Bréfritari: Sigríður Pálsdóttir
Viðtakandi: Páll Pálsson
Dagsetning: A-18xx-08-10
Skrifað á: Hraungerði  Árn.
Páll var bróðir Sigríðar

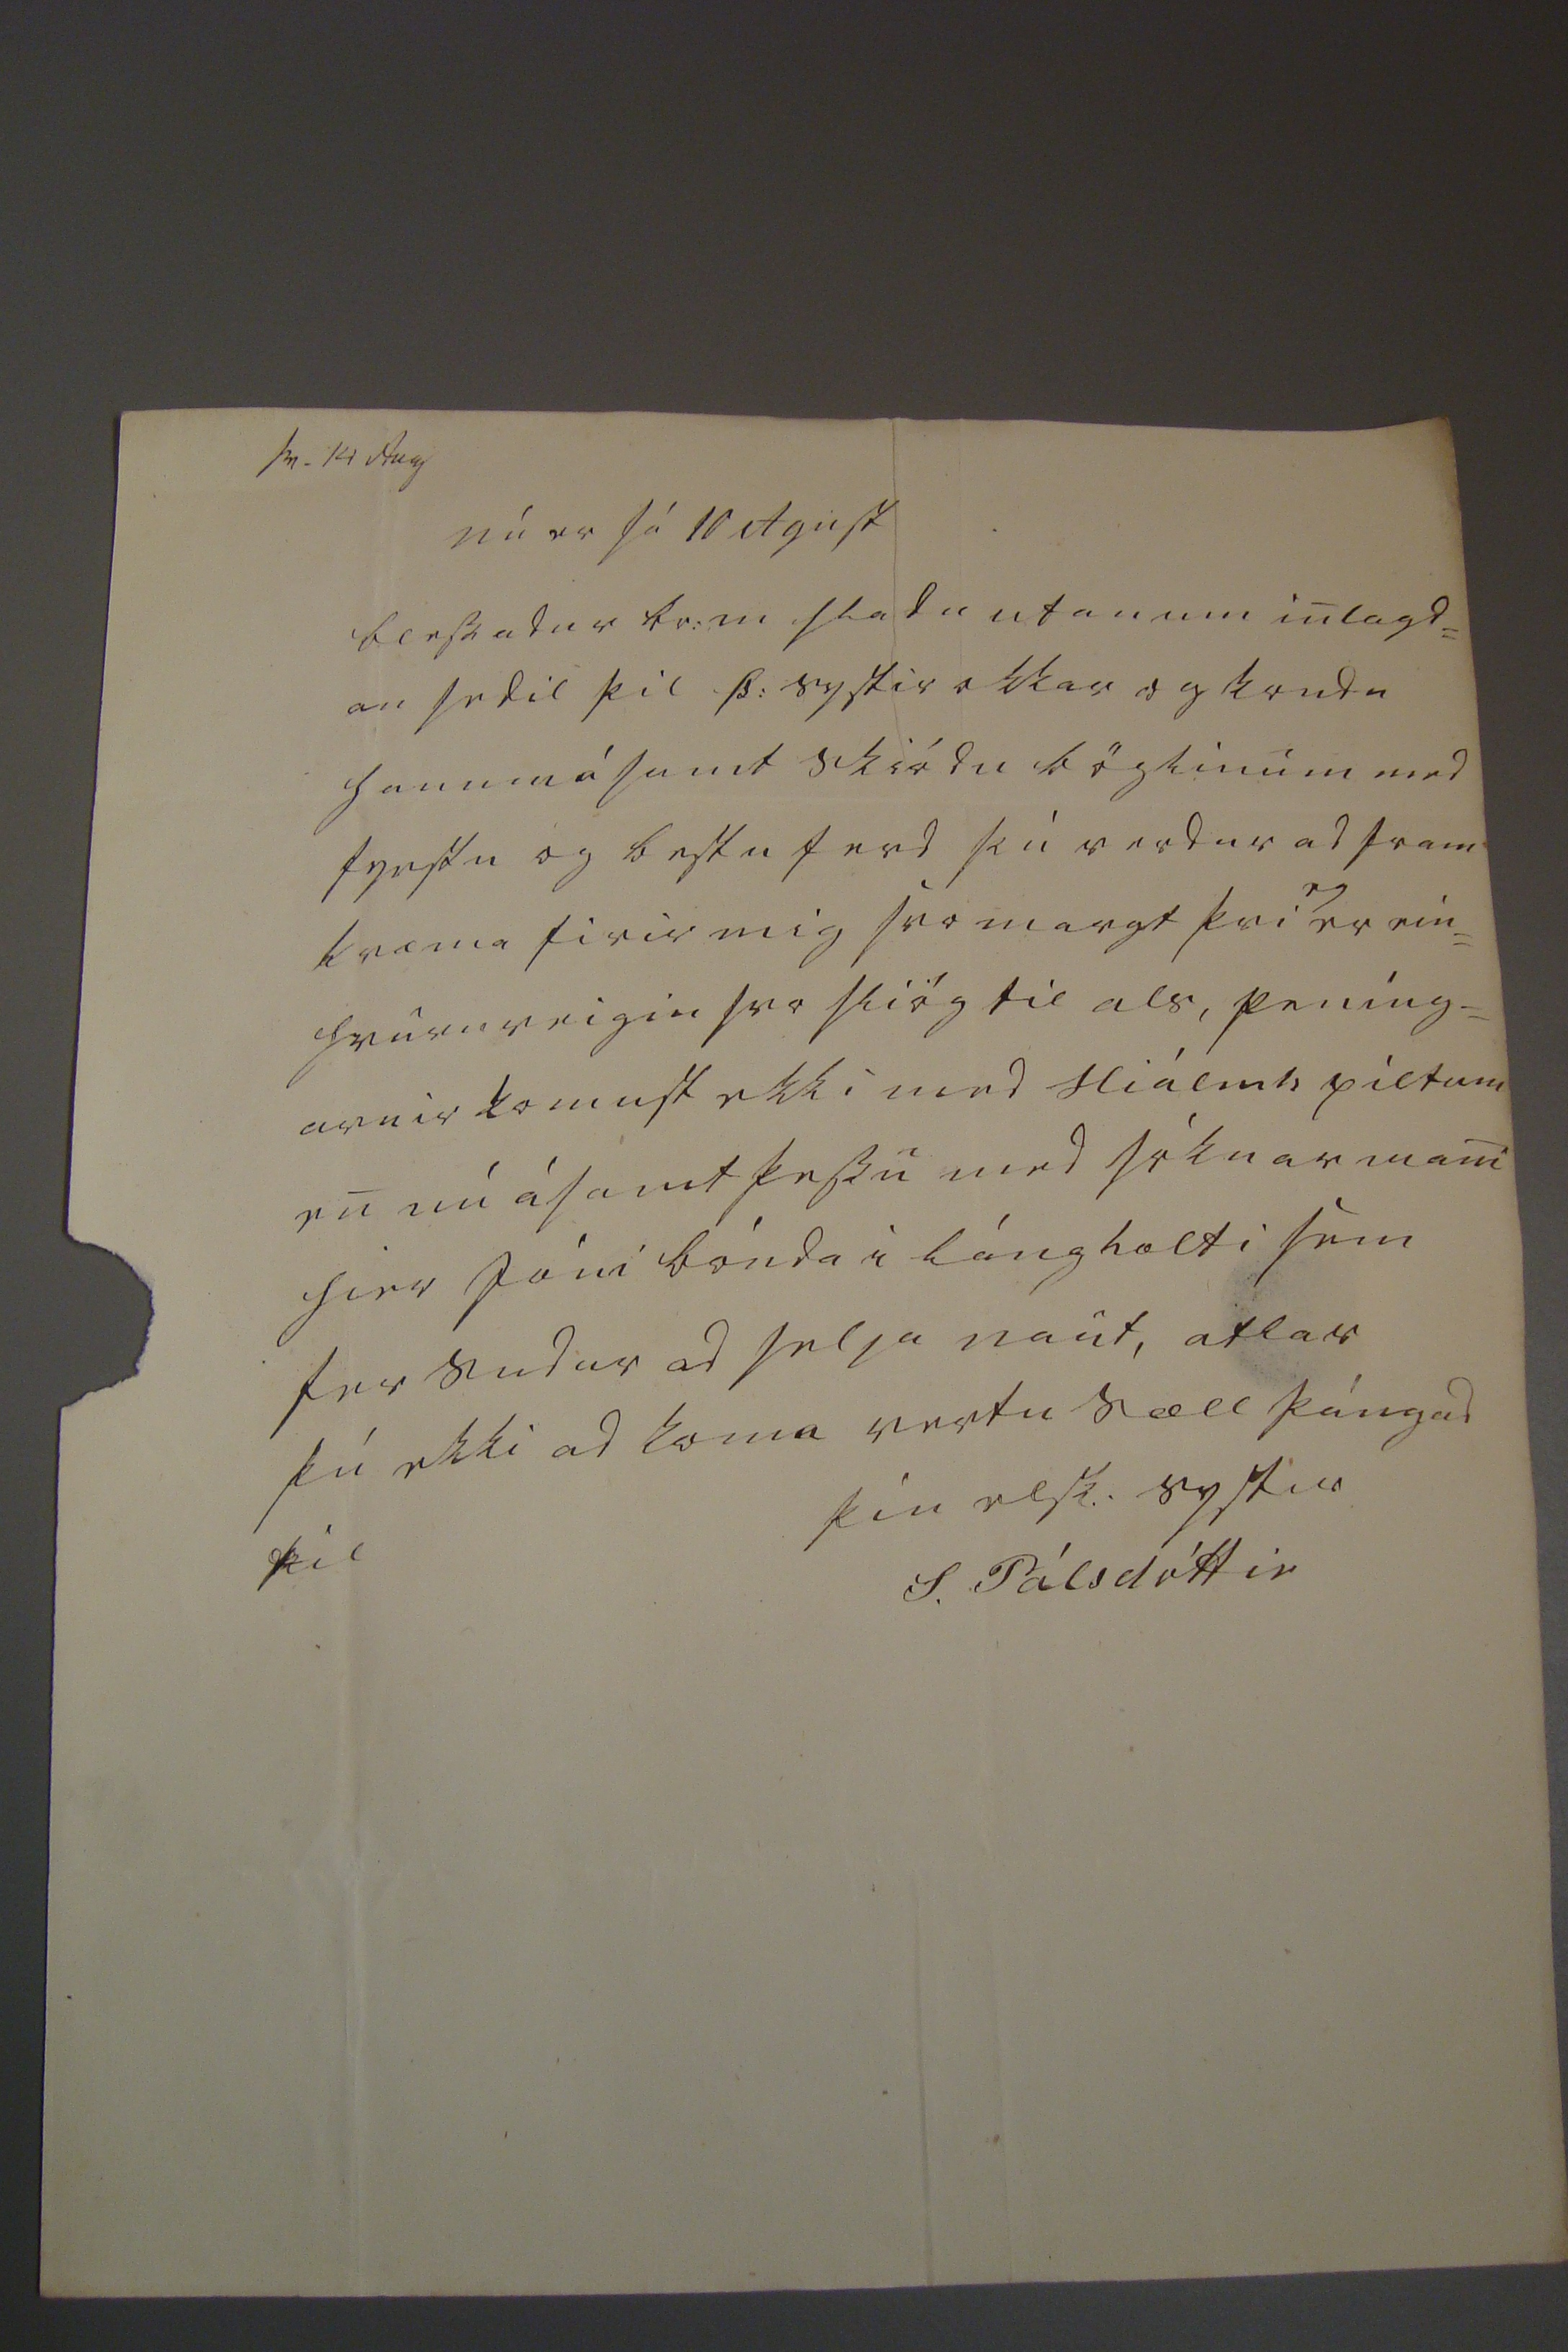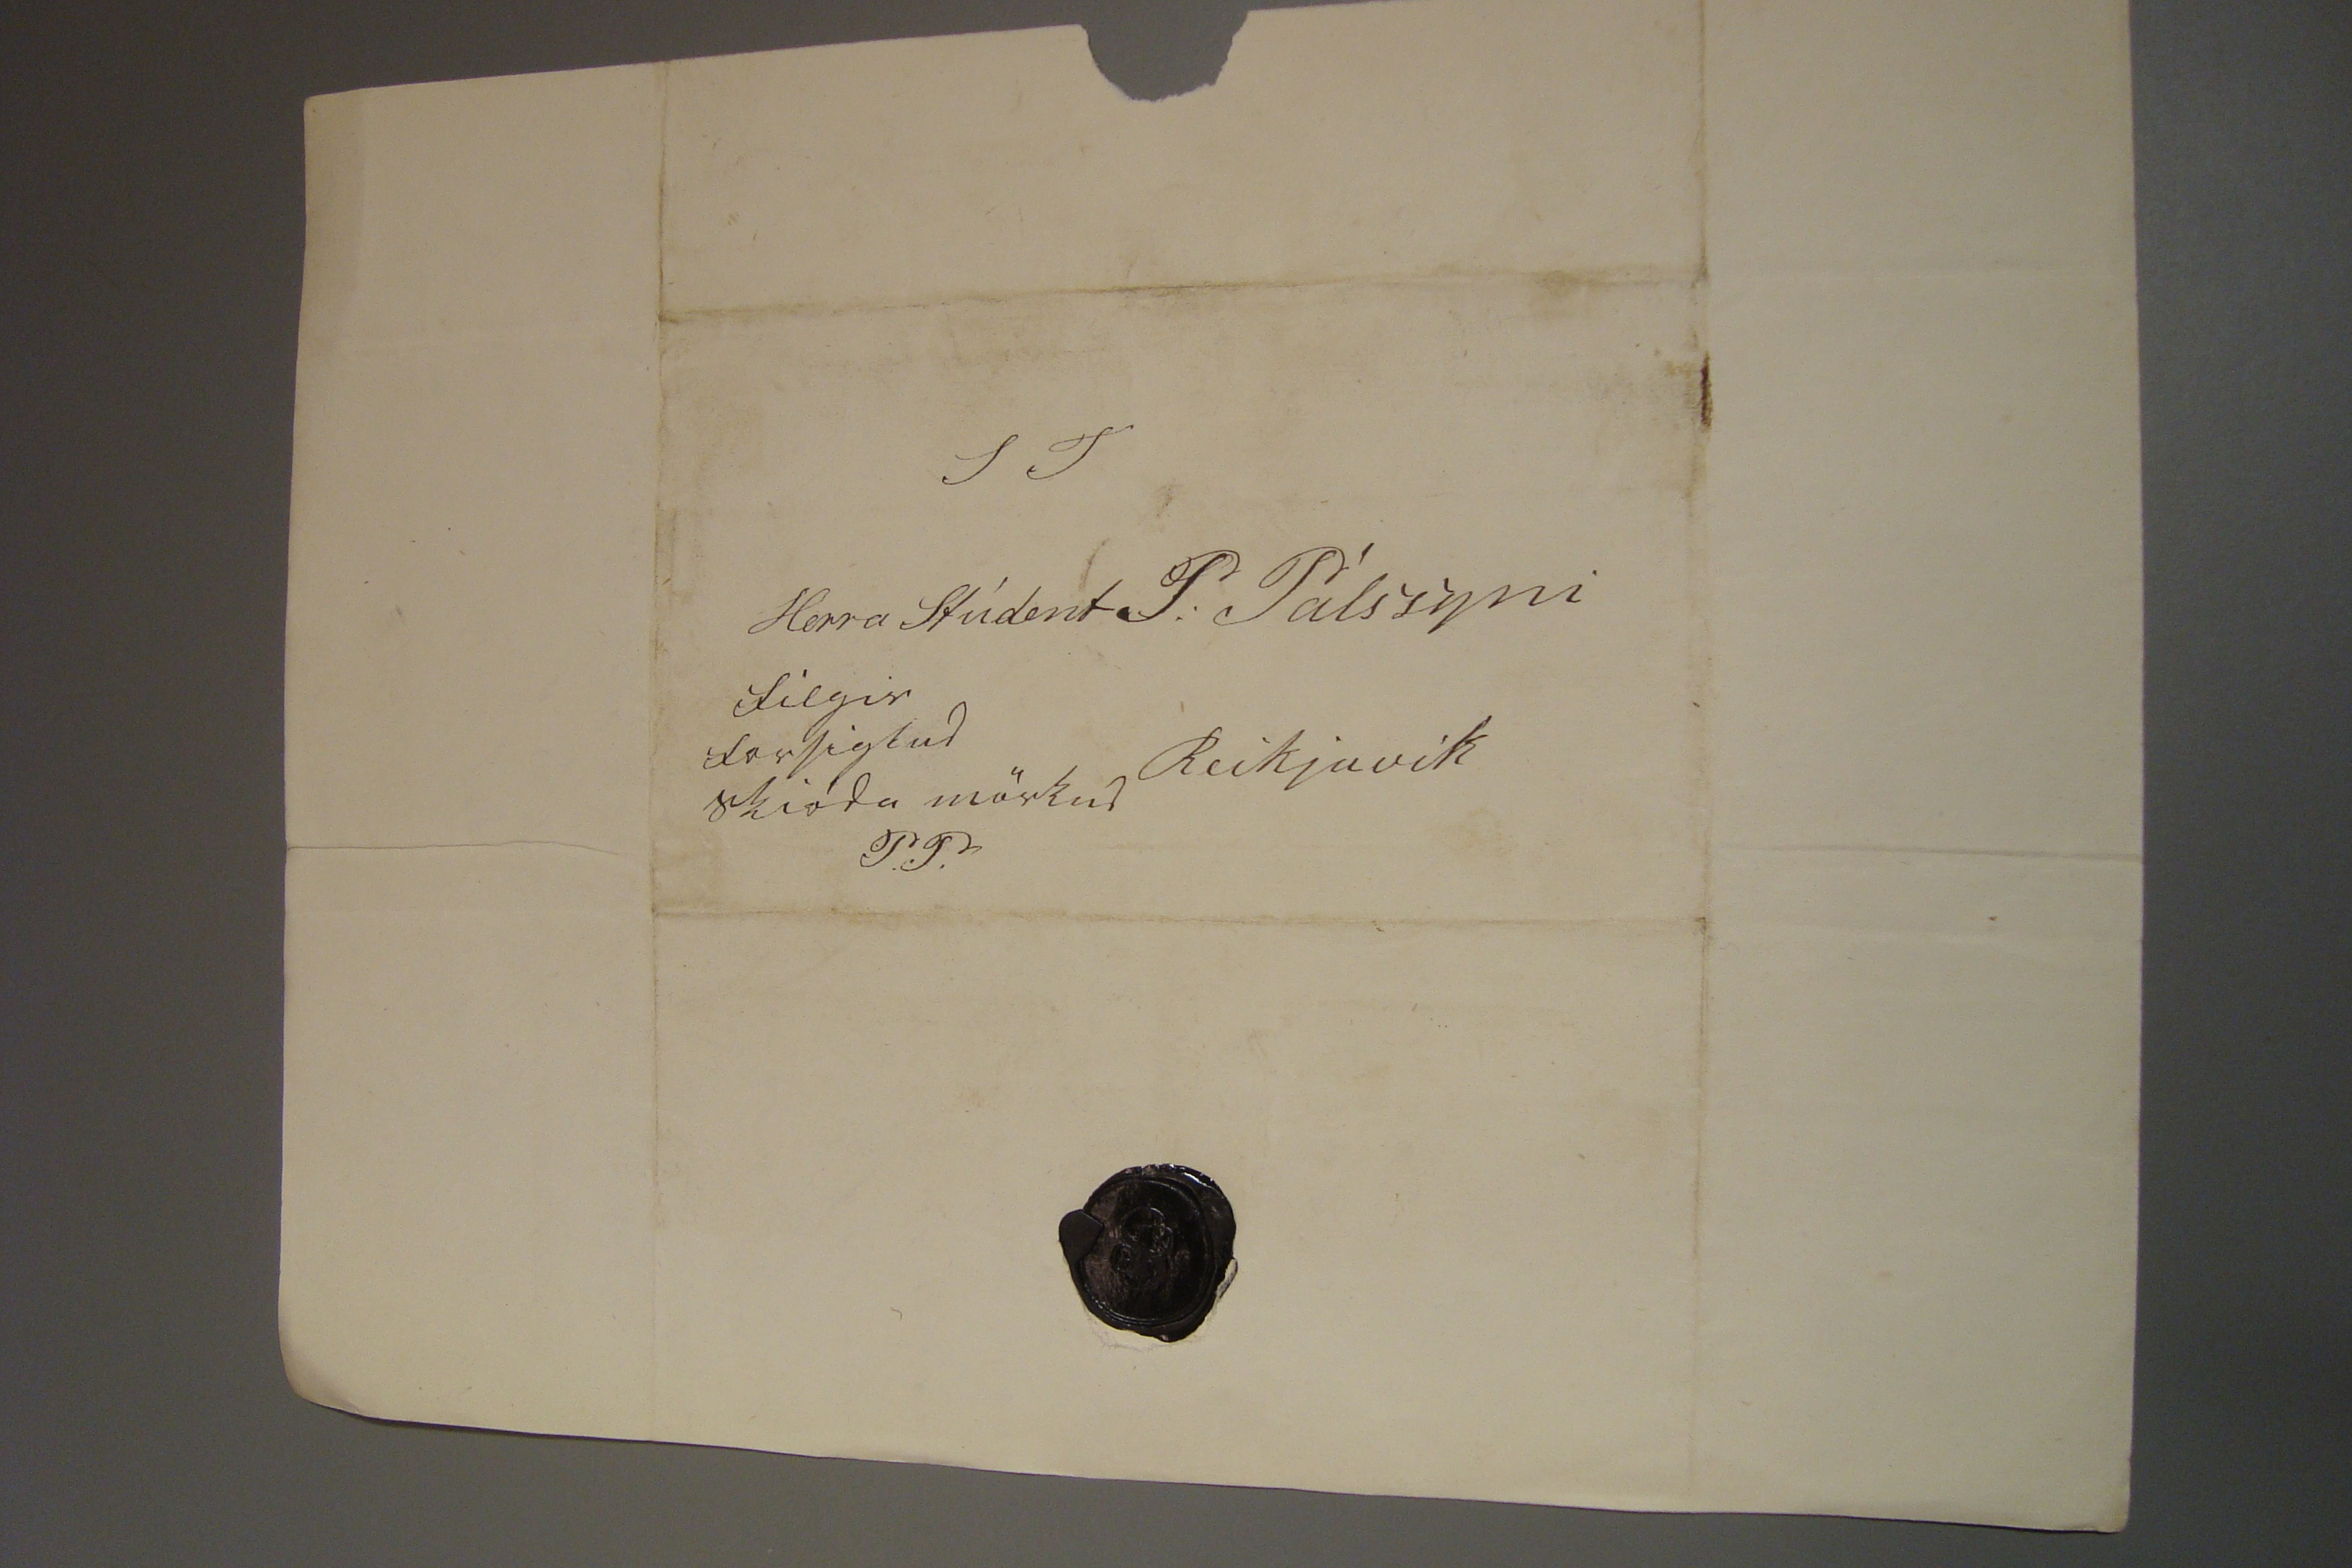

sv. 14 Aug
nú er sá 10 Agust
blessadur br: m sladu utan um inlagd= an sedil þil Þ: systir okkar og kondu honum ásamt skiódu böglinum med fyrstu og bestu ferd þú verdur ad fram kvæma firir mig svo margt þvi
eg
er eín= hvurnveigin svo slióg til als, peníng= arnir komust ekki med Hiálm
s
piltum en nú ásamt þessu med sóknarmani hier Jóni bónda i Lángholti sem fer sudur ad selja naut, atlar þú ekki ad koma vertu sæll þángad til
þin elsk: systir
S. Pálsdóttir
S T Herra Stúdent P: Pálssyni Reikjavik filgir forsiglud skióda mörkud P.P.